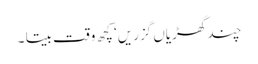
چند گھڑیاں گزریں‘ کچھ وقت بیتا ۔